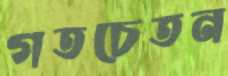
গতচেতন